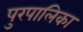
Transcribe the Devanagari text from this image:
पुरपालिका